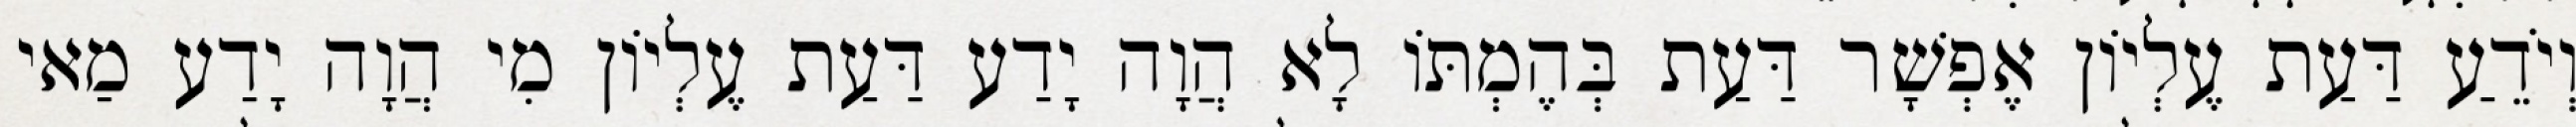
וְיֹדֵעַ דַּעַת עֶלְיוֹן אֶפְשָׁר דַּעַת בְּהֶמְתּוֹ לָא הֲוָה יָדַע דַּעַת עֶלְיוֹן מִי הֲוָה יָדַע מַאי